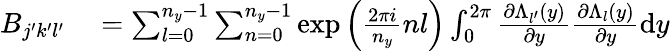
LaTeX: \begin{array}{rl}{B_{j^{\prime}k^{\prime}l^{\prime}}}&{{}=\sum_{l=0}^{n_{y}-1}\sum_{n=0}^{n_{y}-1}\exp{\left(\frac{2\pi i}{n_{y}}nl\right)}\int_{0}^{2\pi}\frac{\partial\Lambda_{l^{\prime}}(y)}{\partial y}\frac{\partial\Lambda_{l}(y)}{\partial y}\mathrm{d}y}\end{array}